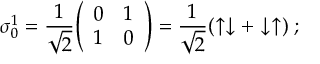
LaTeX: { \boldsymbol { \sigma } } _ { 0 } ^ { 1 } = { \frac { 1 } { \sqrt { 2 } } } { \left( \begin{array} { l l } { 0 } & { 1 } \\ { 1 } & { 0 } \end{array} \right) } = { \frac { 1 } { \sqrt { 2 } } } ( \uparrow \downarrow + \downarrow \uparrow ) \; ;